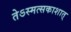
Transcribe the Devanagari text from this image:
तेऽस्मत्सकाशात्